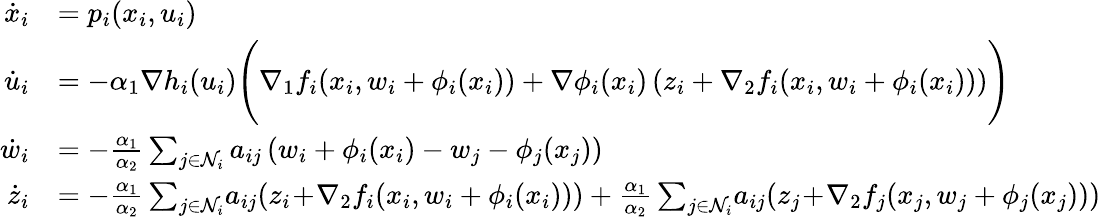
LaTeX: \begin{array}{rl}{\dot{x}_{i}}&{=p_{i}(x_{i},u_{i})}\\ {\dot{u}_{i}}&{=-\alpha_{1}\nabla h_{i}(u_{i})\Bigg(\nabla_{1}f_{i}(x_{i},w_{i}+\phi_{i}(x_{i}))+\nabla\phi_{i}(x_{i})\left(z_{i}+\nabla_{2}f_{i}(x_{i},w_{i}+\phi_{i}(x_{i}))\right)\Bigg)}\\ {\dot{w}_{i}}&{=-\frac{\alpha_{1}}{\alpha_{2}}\sum_{j\in\mathcal{N}_{i}}a_{ij}\left(w_{i}+\phi_{i}(x_{i})-w_{j}-\phi_{j}(x_{j})\right)}\\ {\dot{z}_{i}}&{=-\frac{\alpha_{1}}{\alpha_{2}}\sum_{j\in\mathcal{N}_{i}}\! a_{ij}(z_{i}\! +\! \nabla_{2}f_{i}(x_{i},w_{i}+\phi_{i}(x_{i})))+\frac{\alpha_{1}}{\alpha_{2}}\sum_{j\in\mathcal{N}_{i}}\! a_{ij}(z_{j}\! +\! \nabla_{2}f_{j}(x_{j},w_{j}+\phi_{j}(x_{j})))}\end{array}